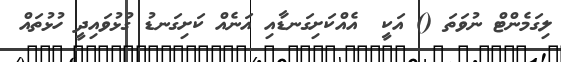
ލިގަމެންޓް ނުވަތަ () އަކީ  އެއްކަށިގަނޑާއި އަނެއް ކަށިގަނޑު ގުޅުވައިދީ ހުޅުތައް